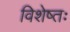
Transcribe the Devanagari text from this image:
विशेष्तः